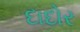
દાદોર